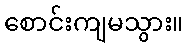
စောင်းကျမသွား။